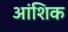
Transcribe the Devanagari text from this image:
अांशिक